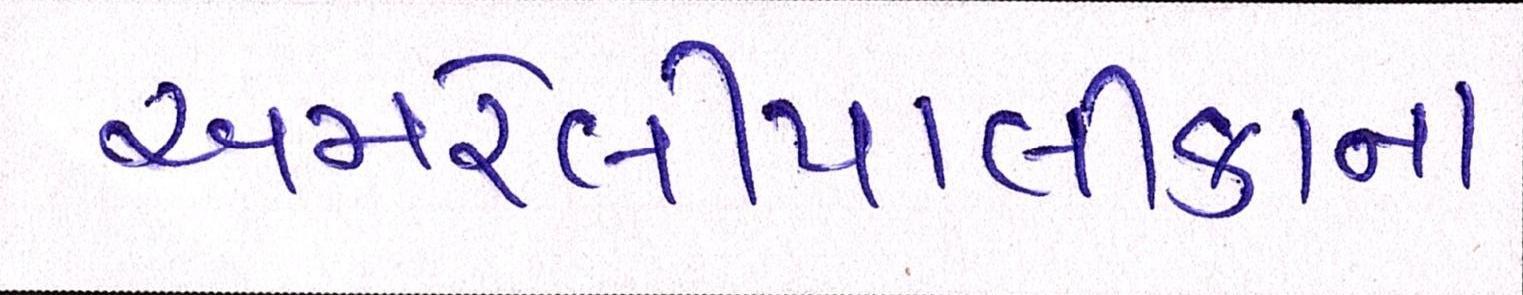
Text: અમરેલીપાલીકાના